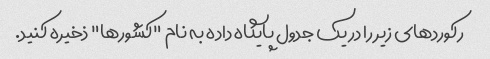
رکوردهای زیر را در یک جدول پایگاه داده به نام "کشورها" ذخیره کنید.